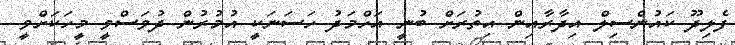
ފެލިދޫ ކައުންސިލް އިދާރާއިން އިތުރަށް ބުނީ އަހްމަދު ހަސަނަކީ އުމުރުން ދުވަސްވީ މީހަކަށްވީ